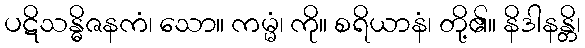
ပဋိသန္ဓိဇနကံ၊ သော။ ကမ္မံ၊ ကို။ စရိယာနံ၊ တို့၏။ နိဒါနန္တိ၊